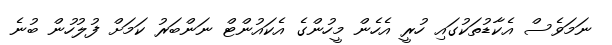
ނަމަވެސް އެކާޑުތަކުގައި ހުރީ އެހެން މީހުންގެ އެކައުންޓް ނަންބަރު ކަމަށް ފުލުހުން ބުނެ